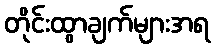
တိုင်းထွာချက်များအရ